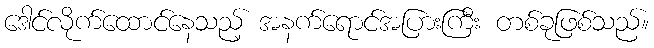
ဒေါင်လိုက်ထောင်နေသည့် အနက်ရောင်အပြားကြီး တစ်ခုဖြစ်သည်။